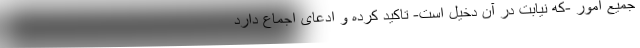
جمیع امور -که نیابت در آن دخیل است- تاکید کرده و ادعای اجماع دارد